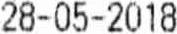
28-05-2018